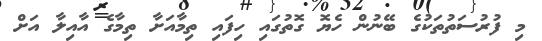
މި ފުރުސަތުތަކުގެ ބޭނުން ހެޔޮ ގޮތުގައި ހިފައި ތިމާއަށާ ތިމާގެ އާއިލާ އަށް